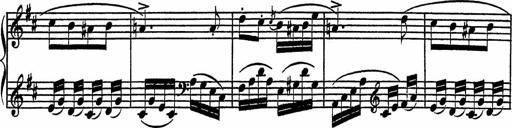
Title: Piano Sonatinas
Composer: Charles Fradel